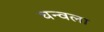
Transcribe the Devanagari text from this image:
चन्वला